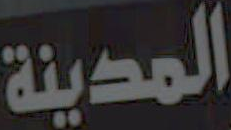
المدينة